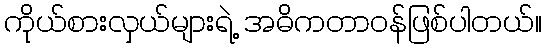
ကိုယ်စားလှယ်များရဲ့ အဓိကတာဝန်ဖြစ်ပါတယ်။